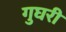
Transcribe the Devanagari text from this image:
गुघरी